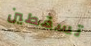
تسقطين